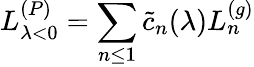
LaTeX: L_{\lambda<0}^{(P)}=\sum_{n\leq 1}\tilde{c}_{n}(\lambda)L_{n}^{(g)}